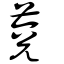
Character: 萒